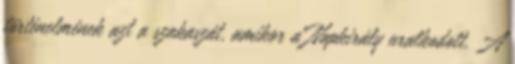
történelmének azt a szakaszát, amikor a Napkirály uralkodott. A